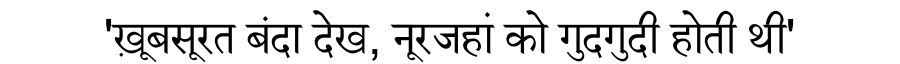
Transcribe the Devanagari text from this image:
'ख़ूबसूरत बंदा देख, नूरजहां को गुदगुदी होती थी'